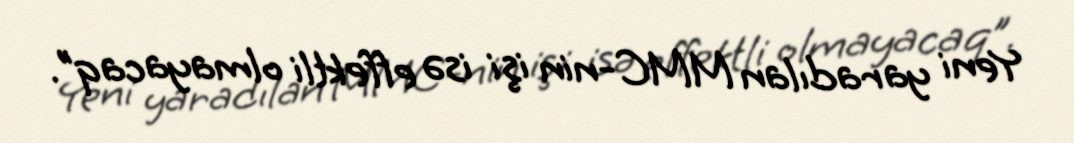
Yeni yaradılan MMC-nin işi isə effektli olmayacaq”.